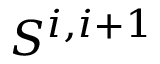
S ^ { i , i + 1 }